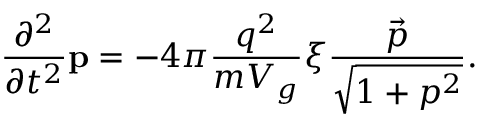
\frac { \partial ^ { 2 } } { \partial t ^ { 2 } } \mathbf { p } = - 4 \pi \frac { q ^ { 2 } } { m V _ { g } } \xi \frac { \vec { p } } { \sqrt { 1 + p ^ { 2 } } } .